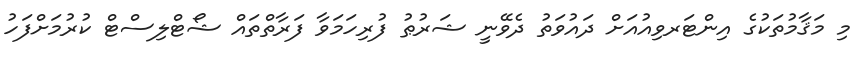
މި މަޤާމުތަކުގެ އިންޓަރވިއުއަށް ދައުވަތު ދެވޭނީ ޝަރުޠު ފުރިހަމަވާ ފަރާތްތައް ޝޯޓްލިސްޓް ކުރުމަށްފަހު